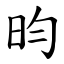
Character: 昀